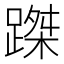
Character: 𨃥